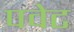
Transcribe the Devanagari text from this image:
पवेट